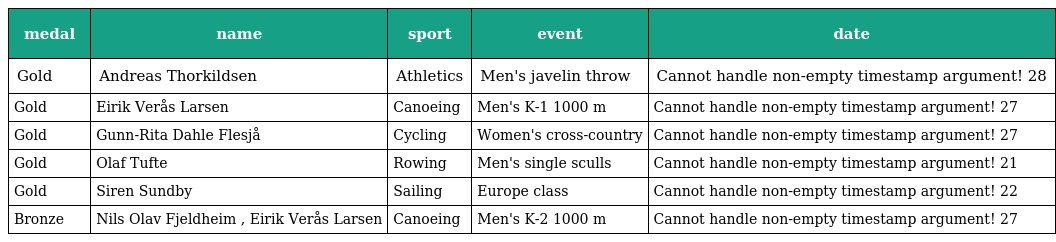
| medal | name | sport | event | date |
 | --- | --- | --- | --- | --- |
 | Gold | Andreas Thorkildsen | Athletics | Men's javelin throw | Cannot handle non-empty timestamp argument! 28 |
 | Gold | Eirik Verås Larsen | Canoeing | Men's K-1 1000 m | Cannot handle non-empty timestamp argument! 27 |
 | Gold | Gunn-Rita Dahle Flesjå | Cycling | Women's cross-country | Cannot handle non-empty timestamp argument! 27 |
 | Gold | Olaf Tufte | Rowing | Men's single sculls | Cannot handle non-empty timestamp argument! 21 |
 | Gold | Siren Sundby | Sailing | Europe class | Cannot handle non-empty timestamp argument! 22 |
 | Bronze | Nils Olav Fjeldheim , Eirik Verås Larsen | Canoeing | Men's K-2 1000 m | Cannot handle non-empty timestamp argument! 27 |